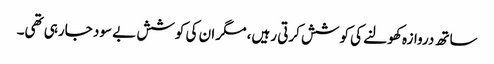
ساتھ دروازہ کھولنے کی کوشش کرتی رہیں، مگر ان کی کوشش بے سود جارہی تھی۔